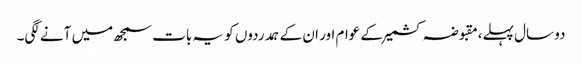
دو سال پہلے،مقبوضہ کشمیر کے عوام اور ان کے ہمدردوں کو یہ بات سمجھ میں آنے لگی۔